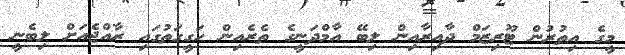
މީގެ އިތުރުން ޓޫރިޒަމް ދާއިރާއިން ލިބޭ އާމްދަނީގެ ތެރެއިން ހަގީގަތުގައި ރާއްޖެއަށް ލިބެނީ